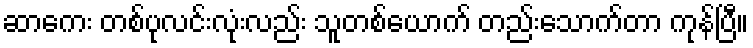
ဆာကေး တစ်ပုလင်းလုံးလည်း သူတစ်ယောက် တည်းသောက်တာ ကုန်ပြီ။